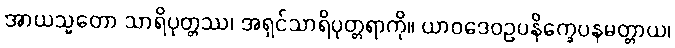
အာယသ္မတော သာရိပုတ္တဿ၊ အရှင်သာရိပုတ္တရာကို။ ယာဝဒေဝဥပနိက္ခေပနမတ္တာယ၊